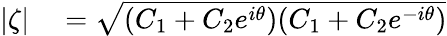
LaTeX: \begin{array}{rl}{|\zeta|}&{{}=\sqrt{(C_{1}+C_{2}e^{i\theta})(C_{1}+C_{2}e^{-i\theta})}}\end{array}